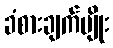
ခံစားချက်မျိုး